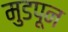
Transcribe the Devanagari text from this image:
मुडपून